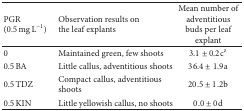
| PGR (0.5 mg L−1) | Observation results on the leaf explants | Mean number of adventitious buds per leaf explant |
 | --- | --- | --- |
 | 0 | Maintained green, few shoots | 3.1 ± 0.2cz |
 | 0.5 BA | Little callus, adventitious shoots | 36.4 ± 1.9a |
 | 0.5 TDZ | Compact callus, adventitious shoots | 20.5 ± 1.2b |
 | 0.5 KIN | Little yellowish callus, no shoots | 0.0 ± 0d |